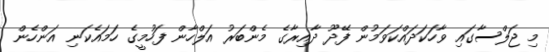
މި ޖަލްސާގައި ވާހަކަދައްކަވަމުން ފޭދޫ ދާއިރާގެ މެންބަރު އަލްހާން ފަހުމީގެ ހަމައެކަނި އަންހެން